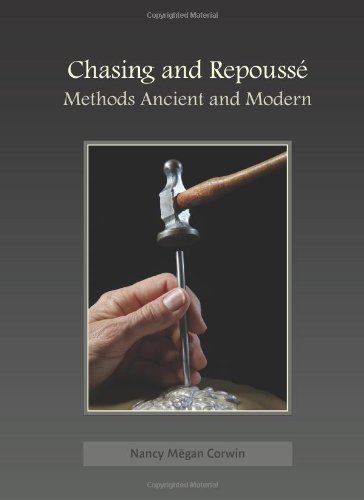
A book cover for Chasing & RepoussÃ©; Nancy Megan Corwin; Crafts, Hobbies & Home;